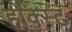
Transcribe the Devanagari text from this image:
होक्स्ट